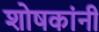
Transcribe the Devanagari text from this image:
शोषकांनी